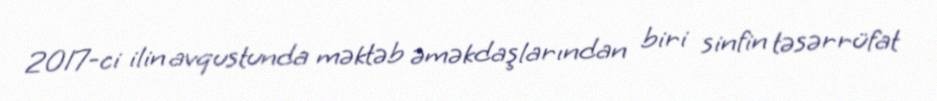
2017-ci ilin avqustunda məktəb əməkdaşlarından biri sinfin təsərrüfat